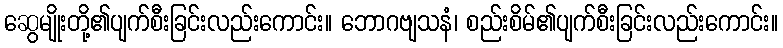
ဆွေမျိုးတို့၏ပျက်စီးခြင်းလည်းကောင်း။ ဘောဂဗျသနံ၊ စည်းစိမ်၏ပျက်စီးခြင်းလည်းကောင်း။